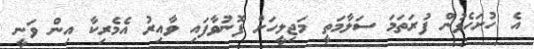
އެ ހުށަހެޅުން ފުރަތަމަ ސަލާމަތީ މަޖިލީހަށް ފޮނުވާފައި ވާއިރު އެމެރިކާ އިން ވަނީ